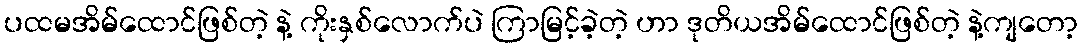
ပထမအိမ်ထောင်ဖြစ်တဲ့ နဲ့ ကိုးနှစ်လောက်ပဲ ကြာမြင့်ခဲ့တဲ့ ဟာ ဒုတိယအိမ်ထောင်ဖြစ်တဲ့ နဲ့ကျတော့